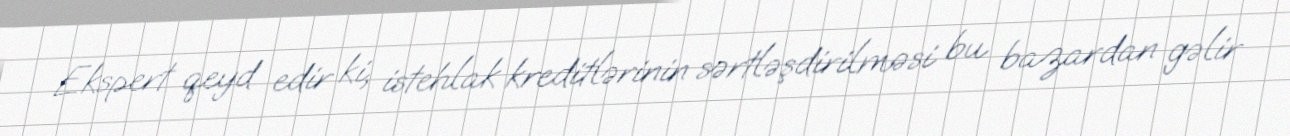
Ekspert qeyd edir ki, istehlak kreditlərinin sərtləşdirilməsi bu bazardan gəlir